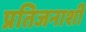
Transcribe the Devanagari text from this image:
प्रतिजनाशी